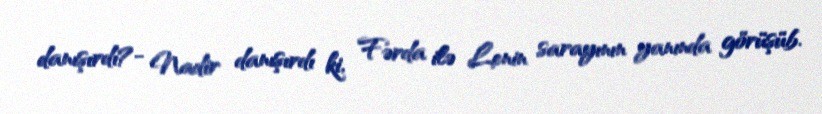
danışırdı?- Nadir danışırdı ki, Fərda ilə Lenin sarayının yanında görüşüb.